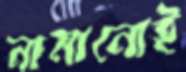
নামানোই